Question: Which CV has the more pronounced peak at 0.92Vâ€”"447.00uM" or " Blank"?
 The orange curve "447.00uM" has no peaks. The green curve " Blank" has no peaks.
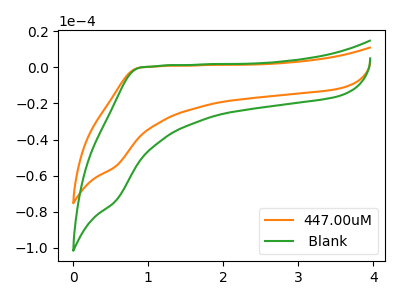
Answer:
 <answer>"447.00uM" and " Blank" dont share a peak at 0.92V.</answer>
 <eval>mismatch</eval>